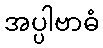
အပ္ပါဗာဓံ